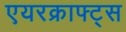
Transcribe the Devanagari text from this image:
एयरक्राफ्ट्स